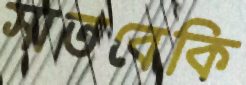
সাতবেকি